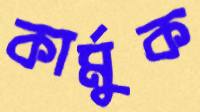
কার্মুক